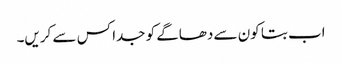
اب بتا کون سے دھاگے کو جدا کس سے کریں۔